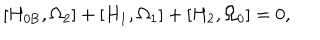
LaTeX: \left[ H _ { 0 \mathrm { B } } , \Omega _ { 2 } \right] + \left[ H _ { 1 } , \Omega _ { 1 } \right] + \left[ H _ { 2 } , \Omega _ { 0 } \right] = 0 ,